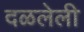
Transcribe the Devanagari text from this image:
दळलेली